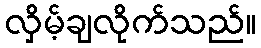
လှိမ့်ချလိုက်သည်။